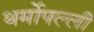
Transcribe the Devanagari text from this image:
थर्मोपल्ली